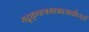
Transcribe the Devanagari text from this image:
यद्दृकृपात्रमात्रात्सर्वोप्ययं